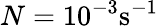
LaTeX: N=10^{-3}\textnormal{s}^{-1}